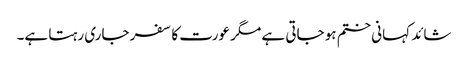
شائد کہانی ختم ہو جاتی ہے مگر عورت کا سفر جاری رہتا ہے۔